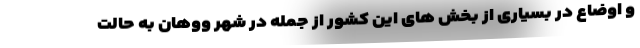
و اوضاع در بسیاری از بخش های این کشور از جمله در شهر ووهان به حالت